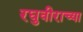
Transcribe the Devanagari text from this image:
रघुवीराच्या